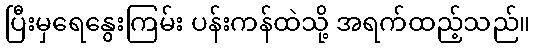
ပြီးမှရေနွေးကြမ်း ပန်းကန်ထဲသို့ အရက်ထည့်သည်။